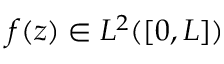
f ( z ) \in L ^ { 2 } ( [ 0 , L ] )